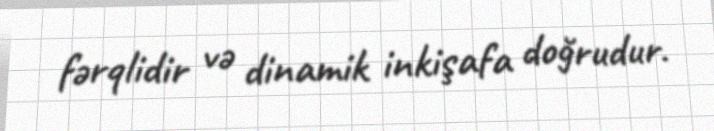
fərqlidir və dinamik inkişafa doğrudur.